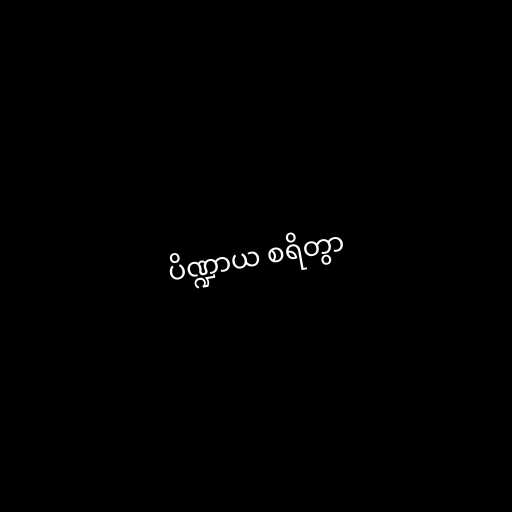
ပိဏ္ဍာယ စရိတွာ